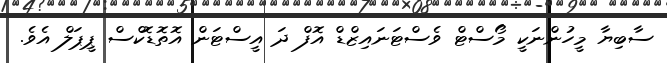
ސާބިޔާ މީހުންނަކީ މޯސްޓް ވެސްޓަނައިޒްޑް އޮފް ދަ އީސްޓަން އޮތޮޑޮކްސް ޕީޕަލް އެވެ.